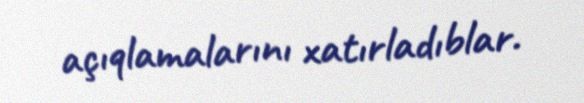
açıqlamalarını xatırladıblar.